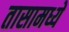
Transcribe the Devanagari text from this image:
तासामध्ये